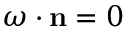
{ \boldsymbol \omega } \cdot { \bf n } = 0